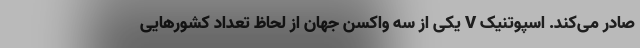
صادر می‌کند. اسپوتنیک V‌ یکی از سه واکسن جهان از لحاظ تعداد کشورهایی